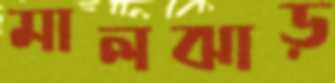
মালঝাড়